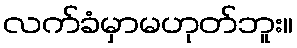
လက်ခံမှာမဟုတ်ဘူး။